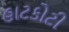
હાટકોટી